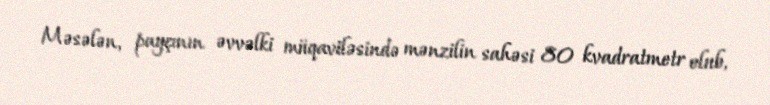
Məsələn, payçının əvvəlki müqaviləsində mənzilin sahəsi 80 kvadratmetr olub,